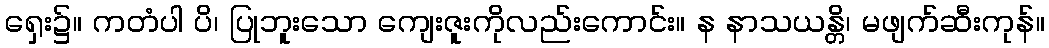
ရှေး၌။ ကတံပါ ပိ၊ ပြုဘူးသော ကျေးဇူးကိုလည်းကောင်း။ န နာသယန္တိ၊ မဖျက်ဆီးကုန်။